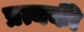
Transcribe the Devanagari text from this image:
प्रत्यकी